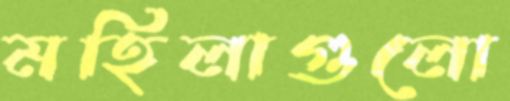
মহিলাগুলো